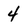
Character: 4